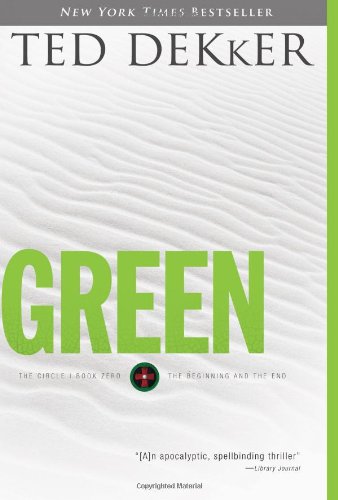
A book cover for Green (The Circle, Book 0: The Beginning and the End); Ted Dekker; Religion & Spirituality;